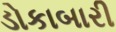
ડોકાબારી